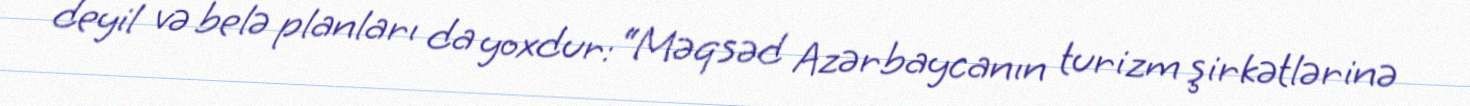
deyil və belə planları da yoxdur: “Məqsəd Azərbaycanın turizm şirkətlərinə